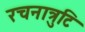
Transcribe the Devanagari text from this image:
रचनात्रुटि